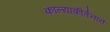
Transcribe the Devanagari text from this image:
काल्याकीर्तनाने